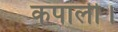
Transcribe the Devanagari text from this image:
कपाली।